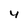
Character: 4